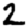
Digit: 2